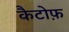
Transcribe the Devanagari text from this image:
कैटोफ़